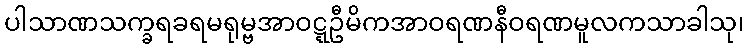
ပါသာဏသက္ခရခရမရုမ္ဗအာဝဋ္ဋဦမိကအာဝရဏနီဝရဏမူလကသာခါသု၊